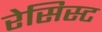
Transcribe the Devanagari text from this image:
रेसिस्ट